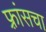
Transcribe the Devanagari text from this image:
फ़्रांसचा